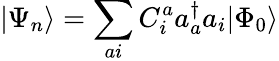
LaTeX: |\Psi_{n}\rangle=\sum_{ai}C_{i}^{a}a_{a}^{\dagger}a_{i}|\Phi_{0}\rangle